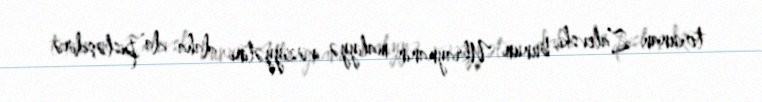
toxunan Zalevski, bunun Ukraynanın maliyyə vəziyyətini daha da pisləşdirə